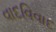
વાદવિવાદ